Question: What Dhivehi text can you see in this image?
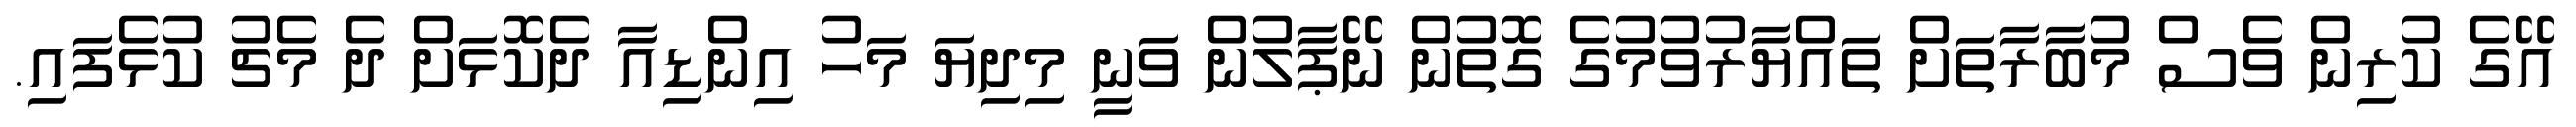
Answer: އޭގެ ކުރިން ވެސް މުބާރާތަށް ތައްޔާރުވުމުގެ ގޮތުން ނޭޕާލުން ވަނީ މިދިޔަ މަހު އިންޑިއާ ދެކޮޅަށް ދެ މެޗު ކުޅެފައި.